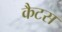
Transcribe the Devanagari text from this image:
कैटस